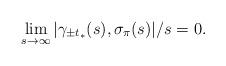
LaTeX: \begin{align*}\lim_{s\to \infty} |\gamma_{\pm t_*}(s), \sigma_{\pi}(s)|/s = 0. \end{align*}